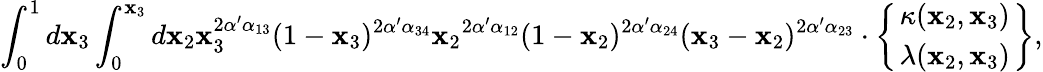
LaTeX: \int_{0}^{1}d\mathbf{x}_{3}\int_{0}^{\mathbf{x}_{3}}d\mathbf{x}_{2}\mathbf{x}_{3}^{2\alpha^{\prime}\alpha_{13}}(1-\mathbf{x}_{3})^{2\alpha^{\prime}\alpha_{34}}{\mathbf{x}_{2}}^{2\alpha^{\prime}\alpha_{12}}(1-\mathbf{x}_{2})^{2\alpha^{\prime}\alpha_{24}}(\mathbf{x}_{3}-\mathbf{x}_{2})^{2\alpha^{\prime}\alpha_{23}}\cdot\left\{ {\kappa(\mathbf{x}_{2},\mathbf{x}_{3})\atop\lambda(\mathbf{x}_{2},\mathbf{x}_{3})}\right\} ,